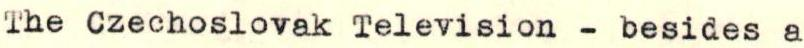
The Czechoslovak Television - besides a